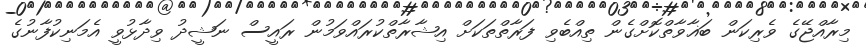
މިރާއްޖޭގެ ވެރިކަން ބަޣާވާތްކޮށްގެން ތިއްބެވި ފަރާތްތަކަށް އިޝާރާތްކުރައްވަމުން ރައީސް ނަޝީދު ވިދާޅުވީ އެމަނިކުފާނުގެ